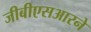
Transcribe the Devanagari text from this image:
जीबीएसआरने